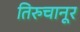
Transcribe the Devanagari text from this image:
तिरुचानूर